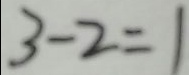
3 - 2 = 1